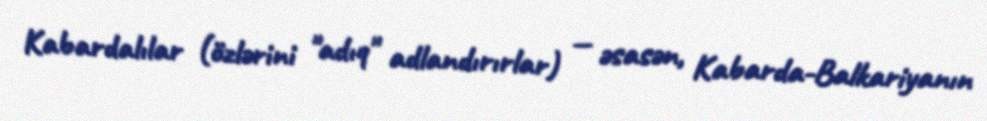
Kabardalılar (özlərini "adıq" adlandırırlar) — əsasən, Kabarda-Balkariyanın